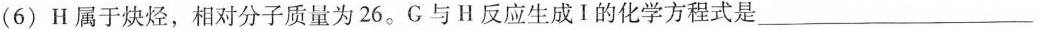
(6)H属于炔烃，相对分子质量为26。G与H反应生成Ⅰ的化学方程式是___